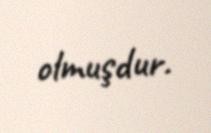
olmuşdur.